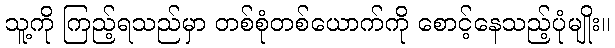
သူ့ကို ကြည့်ရသည်မှာ တစ်စုံတစ်ယောက်ကို စောင့်နေသည့်ပုံမျိုး။